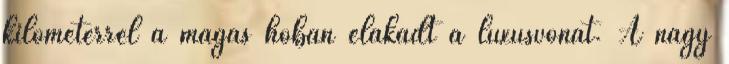
kilométerrel a magas hóban elakadt a luxusvonat. A nagy